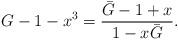
LaTeX: \begin{align*}G -1- x^3 = \frac{\bar{G}-1+x}{1-x\bar{G}}.\end{align*}